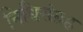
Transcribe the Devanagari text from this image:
निधिसंग्रह